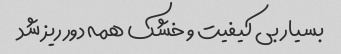
بسیار بی کیفیت و‌ خشک همه دور ریز شد